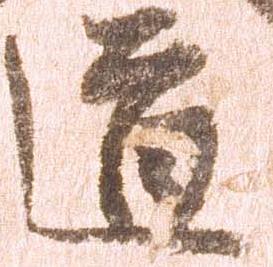
道